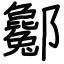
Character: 酁